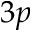
3 p